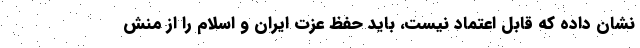
نشان داده که قابل اعتماد نیست، باید حفظ عزت ایران و اسلام را از منش